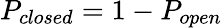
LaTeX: P_{closed}=1-P_{open}